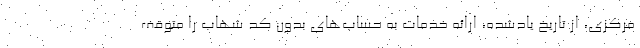
مرکزی، از تاریخ یادشده، ارائه‌ خدمات به حساب‌های بدون کد شهاب را متوقف